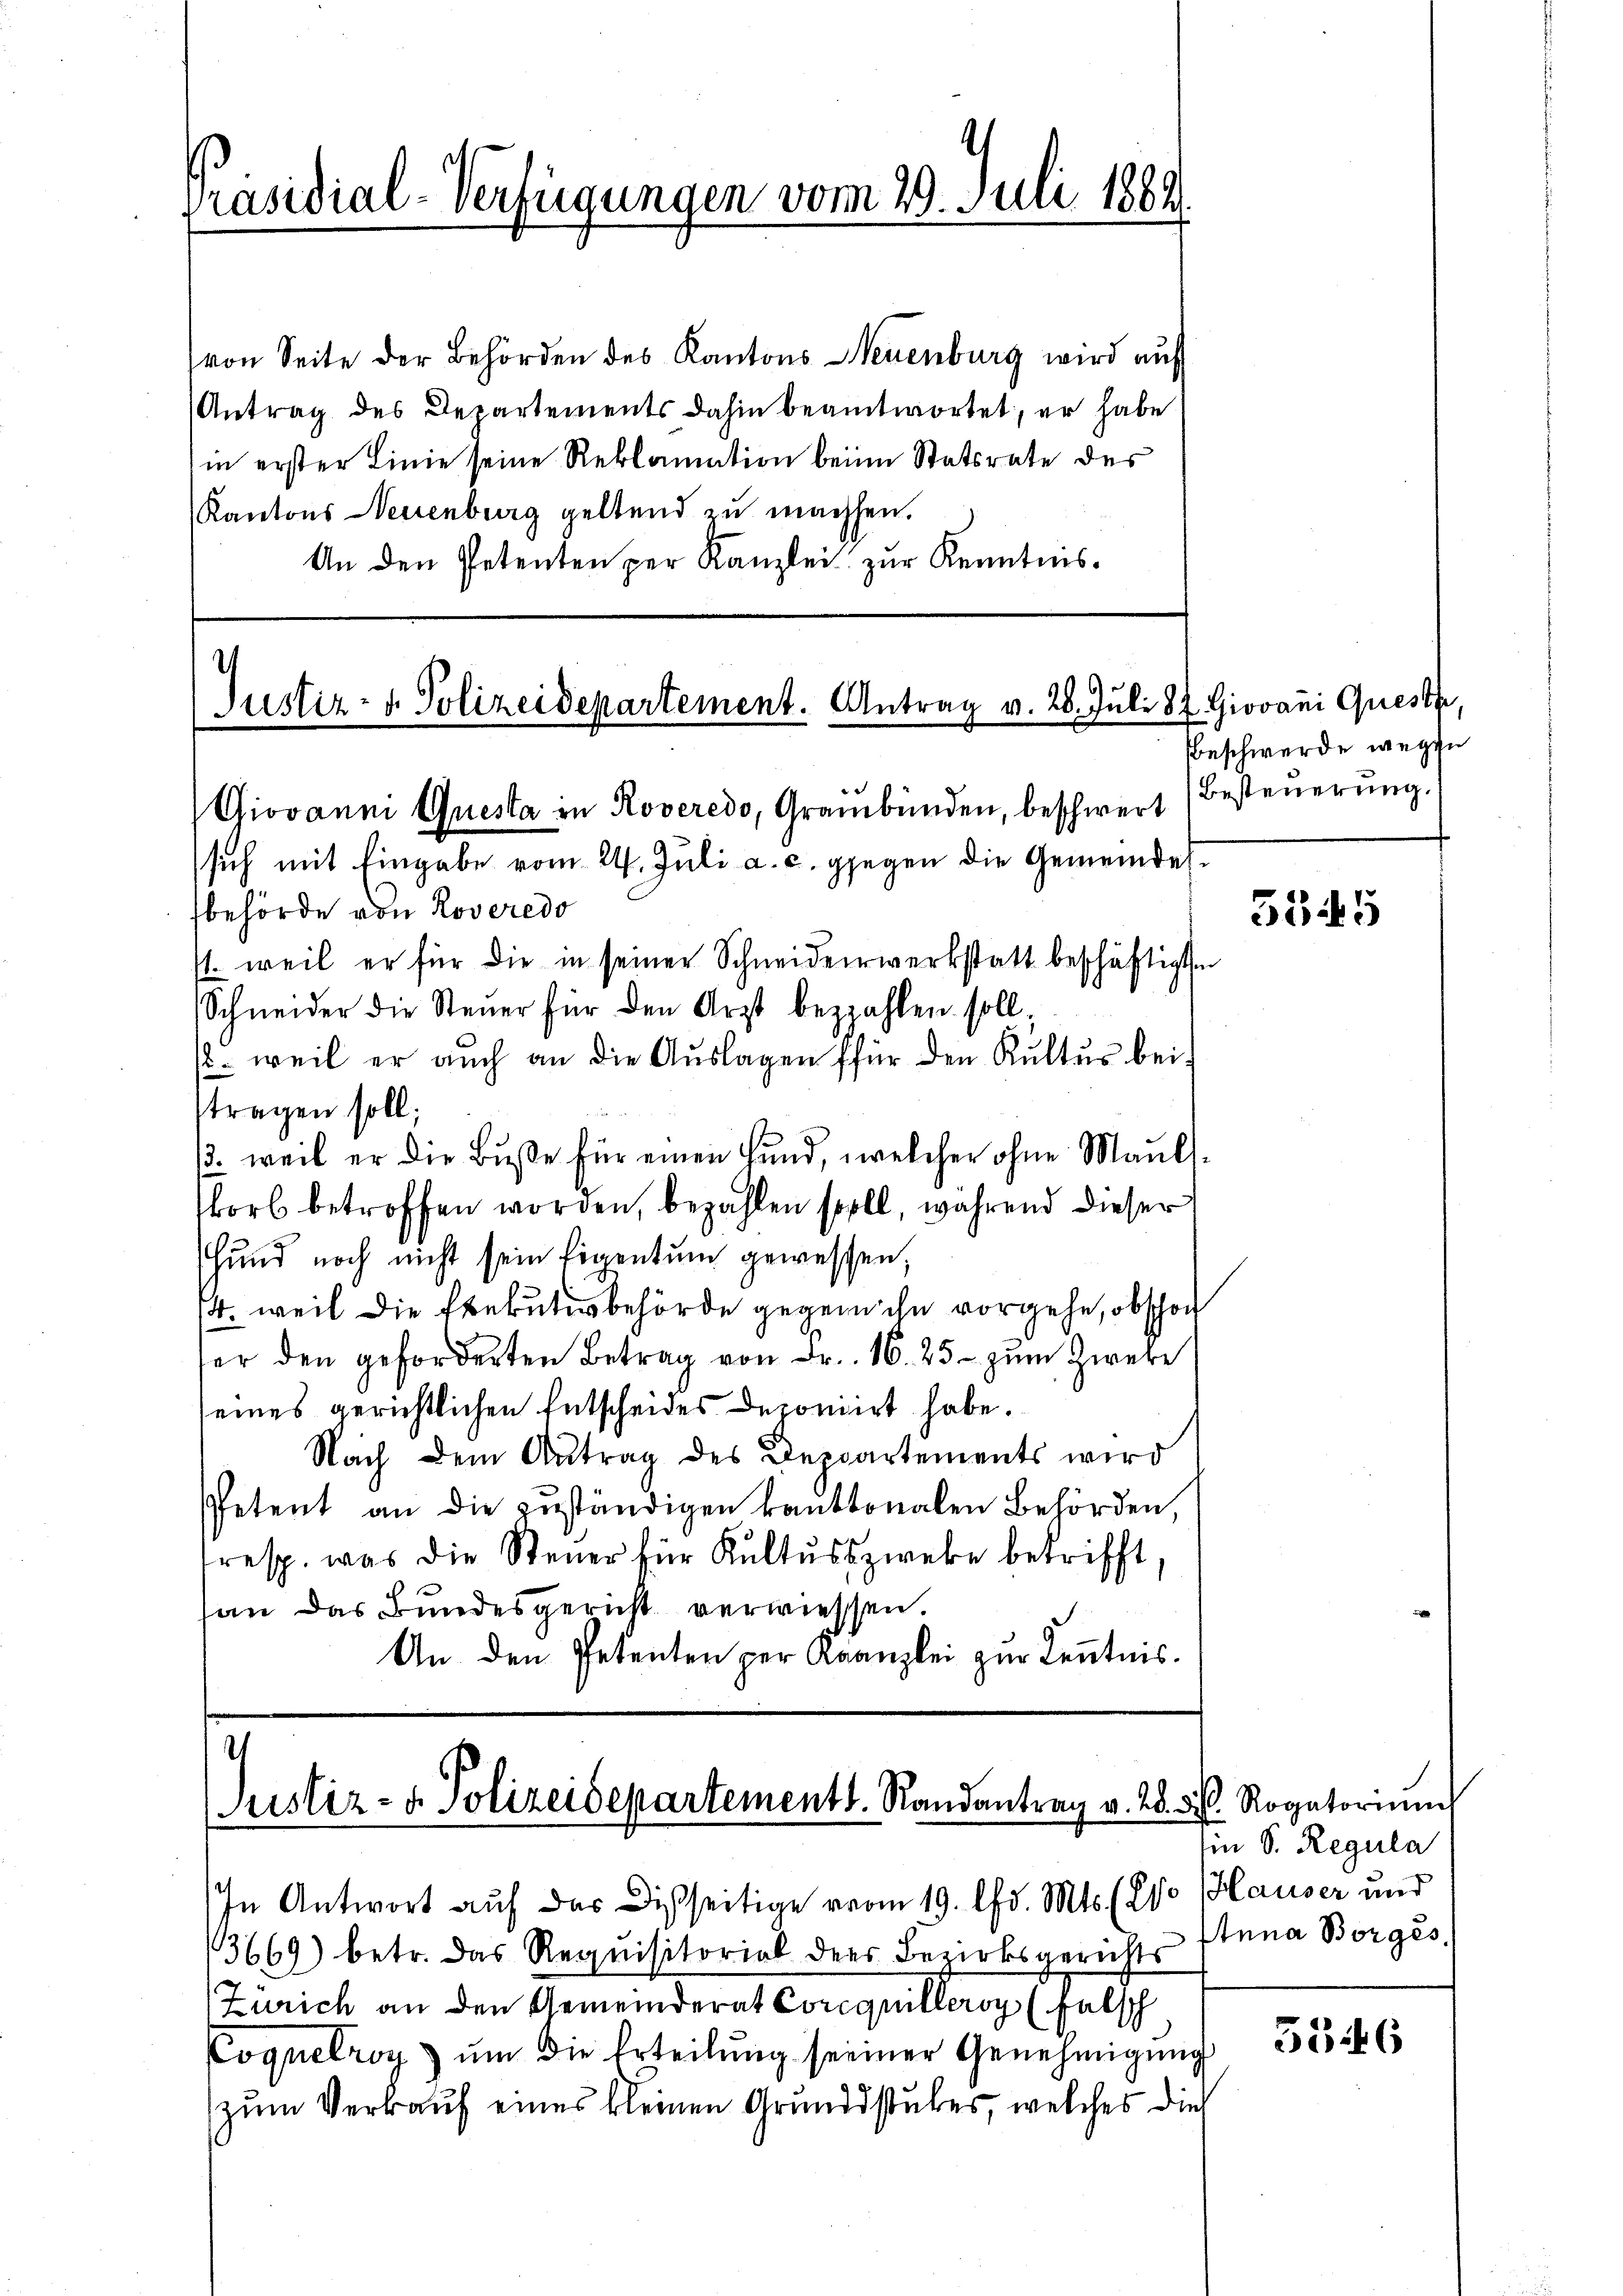
Präsidial-Verfügungen vom 29. Juli 1889

von Seite der Behörden des Kantons Neuenburg wird auf
Antrag des Departements dahin beantwortet, er habe
in erster Linie seine Reklamation beim Statsrate des
Kantons Neuenburg geltend zu machsen.
An den Petenten per Kanzlei zur Kenntnis.

.
Justiz- u. Polizeidepartement. Antrag v. 28. Juli 187. Giovani Queste,
Giovanni Questa in Roveredo, Graubünden, beschwert

sich mit Eingabe vom 24. Juli a. c. gegen die Gemeindesbehörde von Roveredo
st. weil er für die in seiner Schneiderwerkstatt beschäftigten
Schneider die Steŭer für den Arzt bezahlen soll.
/. weil er auch an die Aŭslagen für den Kultus bei
tragen soll;
. weil er die Buße für einen Hund, welcher ohne Maul-
korb betroffen worden, bezahlen soll, während dieser
Hund noch nicht sein Eigentum gewessen,
/4. weil die Exekutivbehörde gegen in vorgehe, obschon
ser den geforderten Betrag von Fr. 16. 25 - zum Zweke
seines gerichtlichen Entscheides Deponiert habe.
Nach dem Antrag des Departements wird
Petent an die zŭständigen kantonalen Behörden,
resp. was die Steuer für Kultusszweke betrifft.
an das Bundesgericht verwiessen.
An den Petenten per Kranzlei zur Kenntnis.

Justiz- & Polizeisepartementl. Randantrag v. 28. v. Rogatorium

beschwerde wegen
Besteuerung.

In Antwort auf das Disseitige vom 19. Chr. Mts. (Eso Hauser und
33669) betr. das Requisitorial des Bezirksgerichts
Zürich an den Gemeinderat Corequilleroy (falsch
Coquelroy um die Erteilŭng seiner Genehmigung
zum Verkauf eines kleinen Grunddstubes, welches die

554. 5

Ein S. Regula
Anna Borges.

536